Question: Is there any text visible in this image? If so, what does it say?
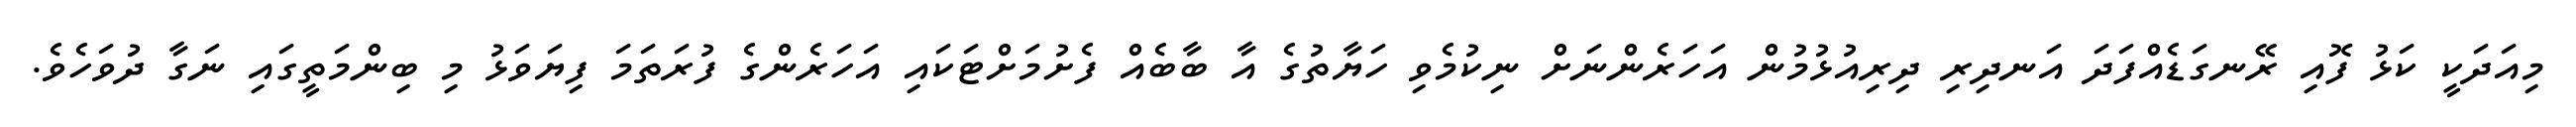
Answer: މިއަދަކީ ކަޅު ފޮއި ރޭނގަޑެއްފަދަ އަނދިރި ދިރިއުޅުމުން އަހަރެންނަށް ނިކުމެވި ހަޔާތުގެ އާ ބާބެއް ފެށުމަށްޓަކައި އަހަރެންގެ ފުރަތަމަ ފިޔަވަޅު މި ބިންމަތީގައި ނަގާ ދުވަހެވެ.